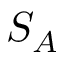
S _ { A }